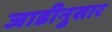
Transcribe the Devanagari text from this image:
जाडीनुसार